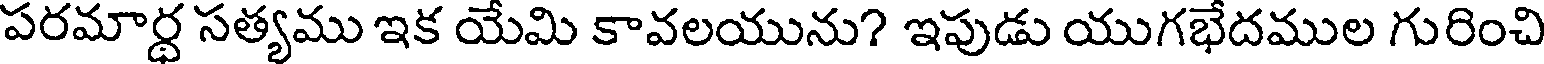
పరమార్థ సత్యము ఇక యేమి కావలయును? ఇపుడు యుగభేదముల గురించి